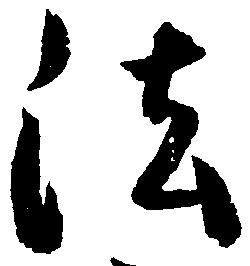
法